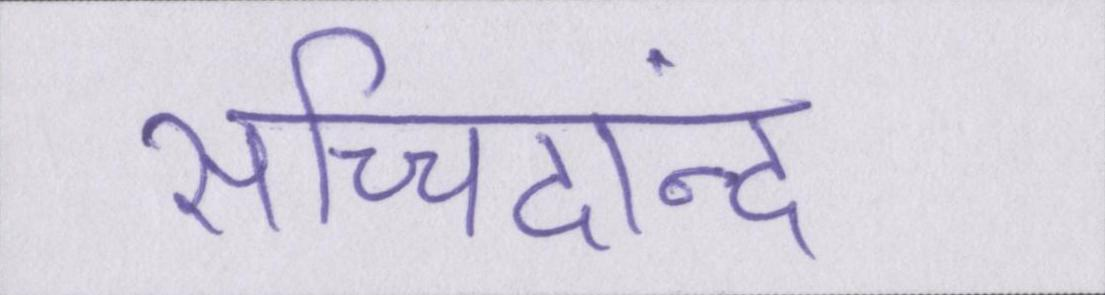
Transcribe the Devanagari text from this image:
सच्चिदानंद